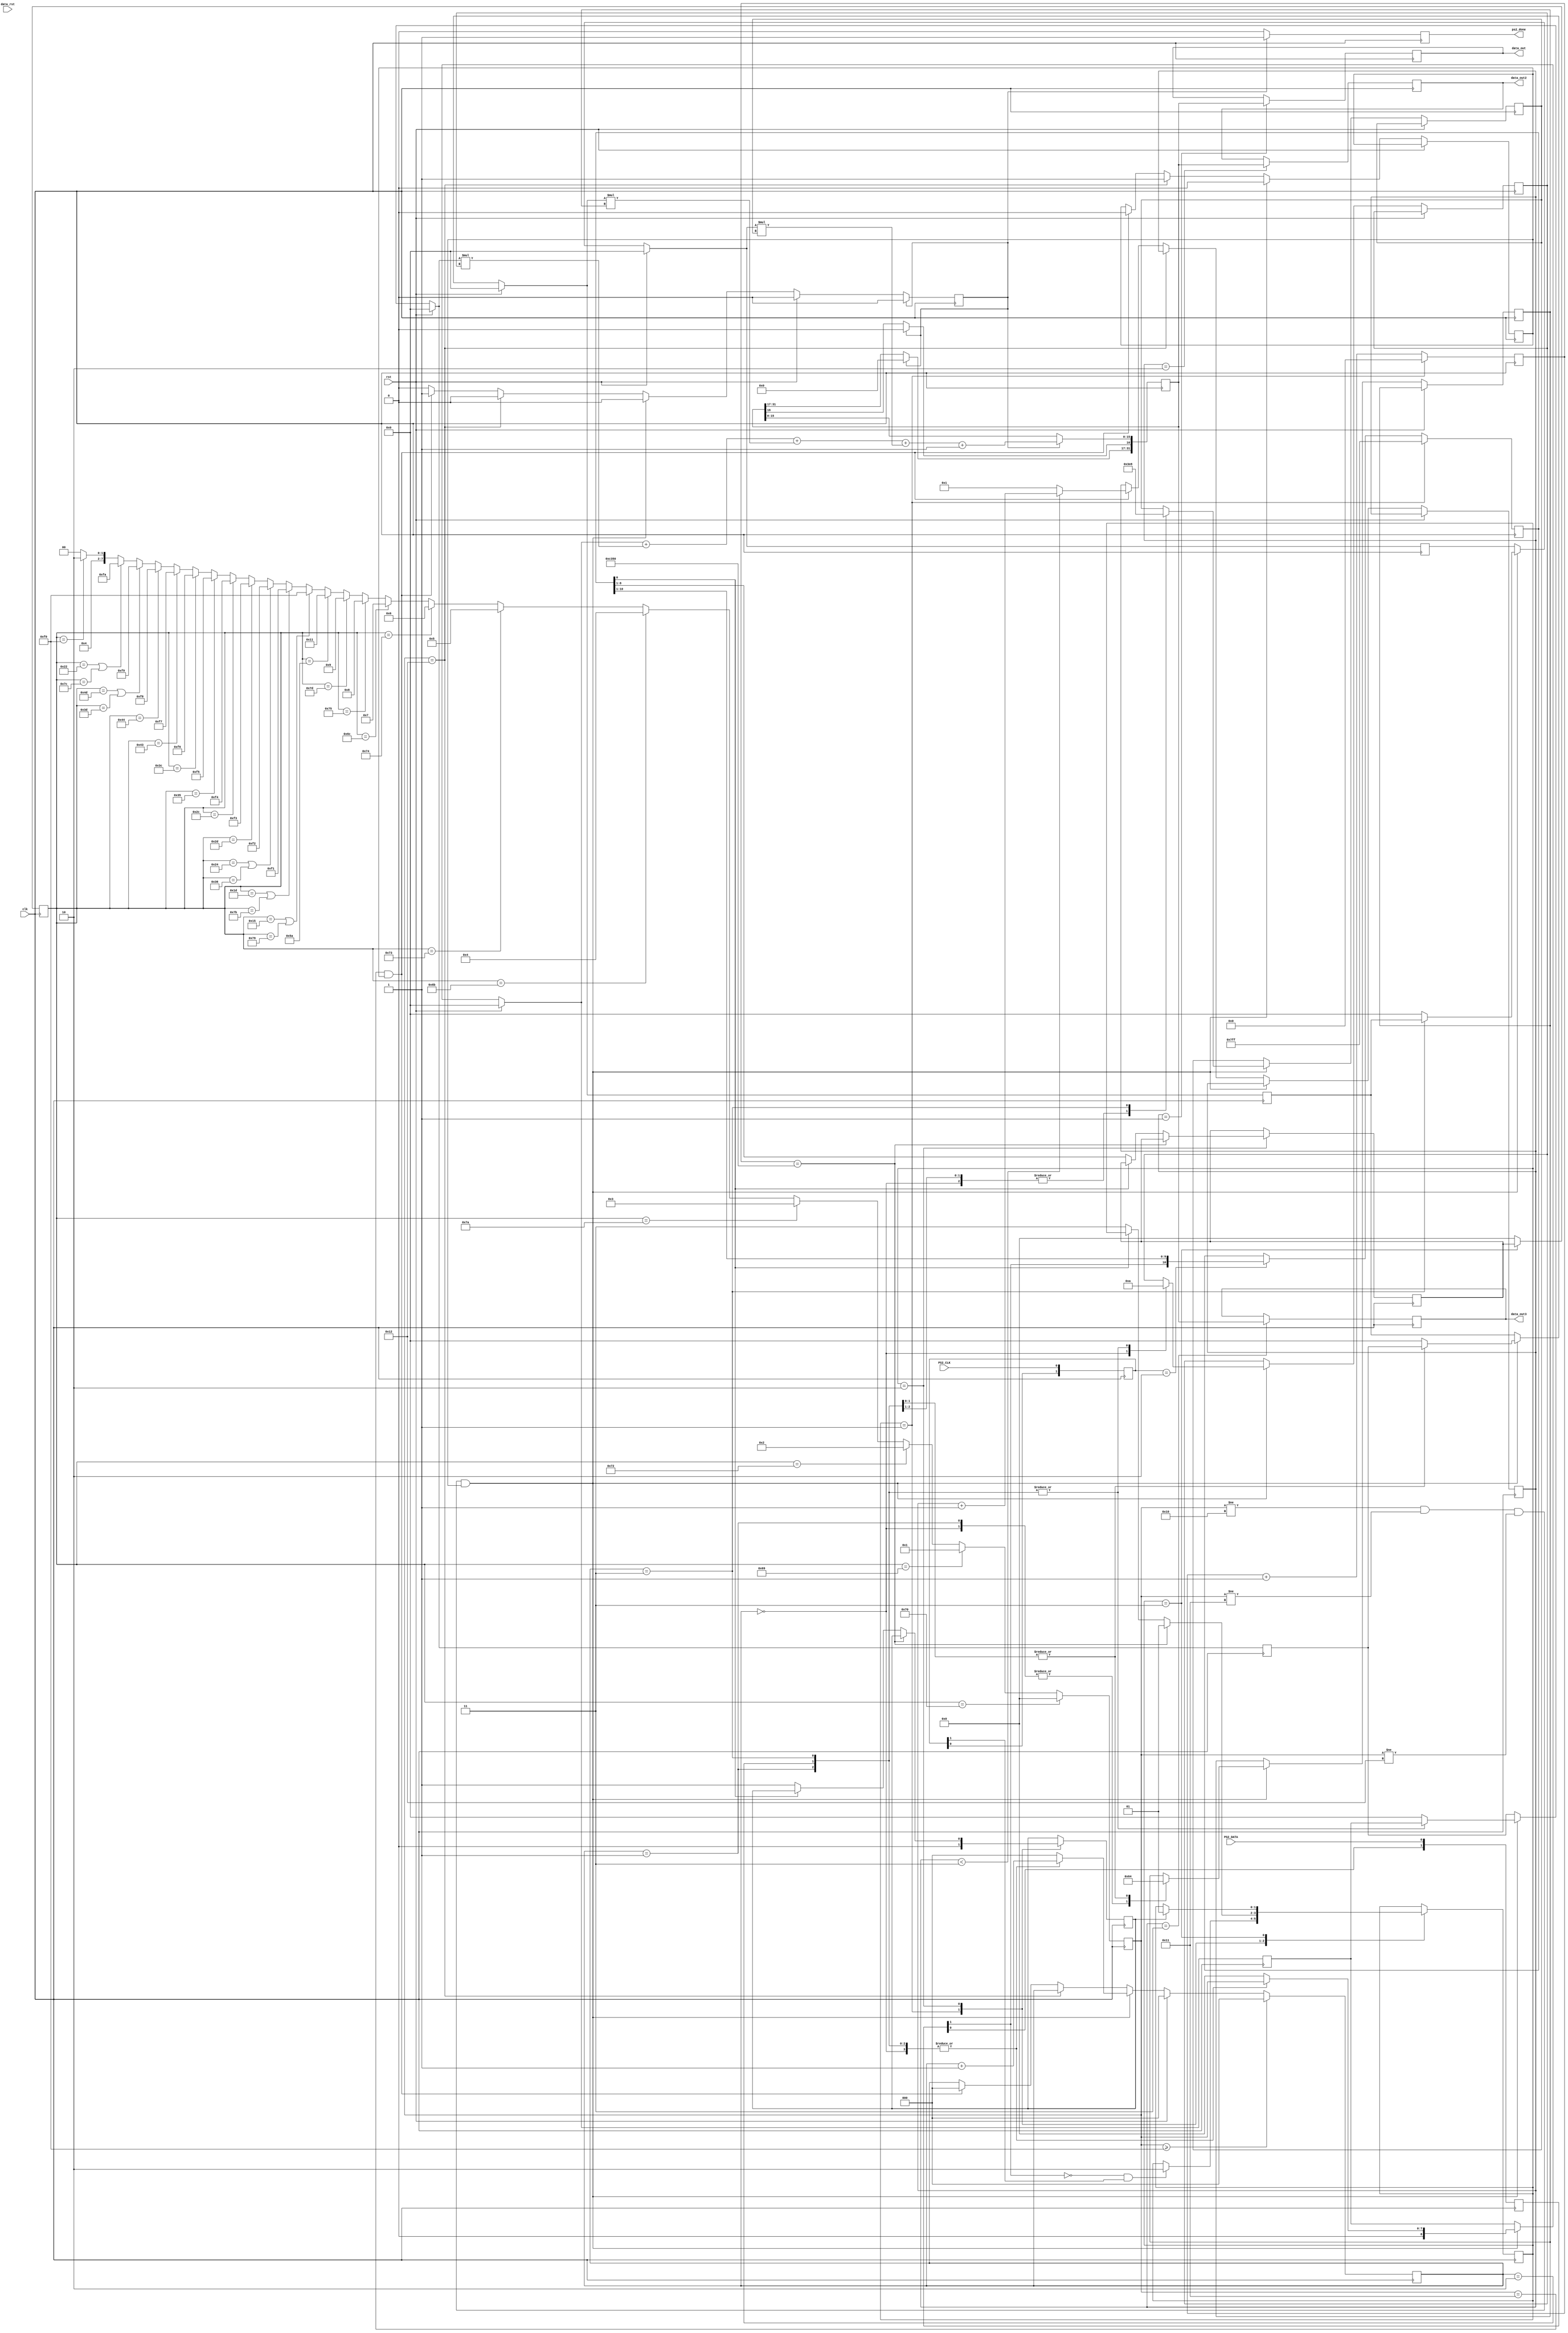
`timescale 1ns / 1ps

module xps2 (
  input clk,
  input rst,
  input data_rst,
  input PS2_DATA,
  input PS2_CLK,
  output reg ps2_done,
  output reg [31:0] data_out,	//separated by nibles to express the key pressed
  output reg[31:0] data_out2,
  output reg[31:0] data_out3
);



parameter idle    = 2'b01;
parameter receive = 2'b10;
parameter ready   = 2'b11;

reg[3:0] cnt3=0;
reg [2:0]cnt=3'h0;
reg enter;
reg [10:0] data_out1=11'h0;
reg [7:0] finished;
reg [7:0] opcode;
reg[7:0] data_out_pre;
reg [1:0]  state=idle;
reg [15:0] rxtimeout=16'b0000000000000000;
reg [10:0] rxregister=11'b11111111111;
reg [1:0]  datasr=2'b11;
reg [1:0]  clksr=2'b11;
reg [7:0]  rxdata;
reg [8:0] reg1,reg2,reg3,reg4;
reg [7:0] aux;
reg [7:0] data_previous;
reg reg_aux=0;
//reg data_rst = 0;
reg [13:0] aux_cnt3,aux_cnt2,aux_cnt1;
//reg [3:0]cnt2 =0;
reg active=0;
reg rxactive;
reg dataready;
reg datafetched;
reg operator=0;
reg [15:0]aux_count;
reg [31:0] data_out_aux;
reg pre_enter;

always @(posedge clk ) 
begin 
  rxtimeout<=rxtimeout+1;
  datasr <= {datasr[0],PS2_DATA};
  clksr  <= {clksr[0],PS2_CLK};


  if(clksr==2'b10)
    rxregister<= {datasr[1],rxregister[10:1]};


  case (state) 
    idle: 
    begin
      rxregister <=11'b11111111111;
      rxactive   <=0;
      dataready  <=0;
		datafetched <=0;
      rxtimeout  <=16'b0000000000000000;
      if(datasr[1]==0 && clksr[1]==1)
      begin
        state<=receive;
        rxactive<=1;
      end   
    end
    
    receive:
    begin
      if(rxtimeout==50000)
        state<=idle;
      else if(rxregister[0]==0)
      begin
        dataready<=1;
        rxdata<=rxregister[8:1];
        state<=ready;
        datafetched<=1;
      end
    end
    
    ready: 
    begin
      if(datafetched==1)
      begin
        state     <=idle;
        dataready <=0;
        rxactive  <=0;
      end  
    end  
  endcase
end 

always @(posedge clk) begin
if(state==ready) begin
	 data_out_pre <=rxdata;
	end
else data_out_pre <= 8'h0;


if (data_out_pre == 8'h70) begin //0
aux <= 8'h00;
end
else if (data_out_pre == 8'h69) begin //1
aux <= 8'h1;
end
else if (data_out_pre == 8'h72) begin //2
aux <= 8'h2;
end
else if (data_out_pre == 8'h7A) begin //3
aux <= 8'h3;
end
else if (data_out_pre == 8'h6B) begin //4
aux <= 8'h4;
end
else if (data_out_pre == 8'h73) begin //5
aux <= 8'h5;
end
else if (data_out_pre == 8'h74) begin //6
aux <= 8'h6;
end
else if (data_out_pre == 8'h6C) begin //7
aux <= 8'h7;
end
else if (data_out_pre == 8'h75) begin //8
aux <= 8'h8;
end
else if (data_out_pre == 8'h7D) begin //9
aux <= 8'h9;
end
else if (data_out_pre == 8'h5A) begin // Enter
aux <= 8'h11;
end
else if (data_out_pre == 8'h15 || data_out_pre == 8'h79) begin // ADD
aux <= 8'hF0;
end
else if (data_out_pre == 8'h1D || data_out_pre == 8'h7B) begin // SUB
aux <= 8'hF1;
end
else if (data_out_pre == 8'h24 || data_out_pre == 8'h36) begin // AND
aux <= 8'hF2;
end
else if (data_out_pre == 8'h2D) begin // XOR
aux <= 8'hF3;
end
else if (data_out_pre == 8'h2C) begin // NOT
aux <= 8'hF4;
end
else if (data_out_pre == 8'h35) begin // OR
aux <= 8'hF5;
end
else if (data_out_pre == 8'h3C) begin //NOR
aux<= 8'hF6;
end
else if (data_out_pre == 8'h43) begin // NAND
aux <= 8'hF7;
end
else if (data_out_pre == 8'h44) begin // XNOR
aux <= 8'hF8;
end
else if (data_out_pre == 8'h4D || data_out_pre == 8'h3D) begin // DIVISO
aux <= 8'hF9;
end
else if (data_out_pre == 8'h22 || data_out_pre == 8'h7C) begin // Mult
aux <= 8'hFA;
end
else if (data_out_pre == 8'hF0) begin // Release Code
aux <= 8'h12;
end
else aux <=8'h10;
//else begin
//aux <= 8'h10;
//end
/*
if (data_out_pre == 8'h54 )
opcode <= 8'h0; // +
else if (data_out_pre && 8'h4A == 1)
opcode <= 8'h1; // -
else if (data_out_pre && 8'h22 == 1)
opcode <= 8'h2; // x
else if (data_out_pre && 8'h3D == 1)
opcode <= 8'h3; // /
else if (data_out_pre && 8'h5A == 1)
finished <= 8'h1; // ENTER*/
end



always @(posedge clk)
begin
if (rst) begin
reg1 = 8'h0;
reg2 = 8'h0;
reg3 = 8'h0;
reg4 = 8'h0;
cnt <=0;
enter<=0;
end
else if ((aux!=8'h10) && (aux!=8'h11) && (aux!=8'h12) && (active==1)/* && (aux<8'hF0)*/)begin
		case (cnt)
		0: begin	
		reg1 = aux;
		reg2 =0;
		reg3 =0;
		reg4 =0;
		aux_cnt1<=0;
		aux_cnt2<=0;
		aux_cnt3<=0;
		cnt<=cnt+1;
		end
		1: begin
		reg2 = reg1;
		reg1 = aux;
		reg3 = 0;
		reg4 = 0;
		aux_cnt1<=10;
		aux_cnt2<=0;
		aux_cnt3<=0;
		cnt<=cnt+1;
		end
		2: begin
		reg3 = reg2;
		reg2 = reg1;
		reg1 = aux;
		reg4 =0;
		aux_cnt1<=10;
		aux_cnt2<=100;
		aux_cnt3<=0;
		cnt<=cnt+1;
		end
		3: begin 
		reg4 = reg3;
		reg3 = reg2;
		reg2 = reg1;
		reg1 = aux;
		aux_cnt1<=10;
		aux_cnt2<=100;
		aux_cnt3<=1000;
		cnt<=cnt+1;
		end
		default:  begin
			reg1 = 8'h0;
			reg2 = 8'h0;
			reg3 = 8'h0;
			reg4 = 8'h0;
			cnt <=0;
		end
		endcase
		active =0;
		reg_aux=1;
		//operator<=1'b0;
		end
		else if (aux==8'h12) begin
		active=1;
		end
		else if (aux==8'h11 && active==1) begin
			if (cnt3<3)
				cnt3=cnt3+1;
			else
				cnt3 = 1;
			cnt <= 0;
			enter <=1;
			operator<=1'b0;
			active=0;
			end
		if (aux>=8'hF0) begin
			cnt<=0;
		end
		


if(enter==1'b1) begin
data_out_aux[15:0]<=reg1+(reg2*aux_cnt1)+(reg3*aux_cnt2)+(reg4*aux_cnt3)+1;
data_out_aux[16]<=0;
/*if (cnt3<4) begin
cnt3=cnt+1;
end
else cnt3=0;*/
data_out_aux[31:17]<=15'h0;
ps2_done<=1'b1;
enter<=0;		
end
else ps2_done<=0;





end

always@(posedge clk) begin

if(cnt3==1)
data_out=data_out_aux;
//else data_out=0;

if(cnt3==2)
data_out2=data_out_aux;
//else data_out2=0;

if(cnt3==3)
data_out3=data_out_aux;
//else data_out3=0;

end

endmodule